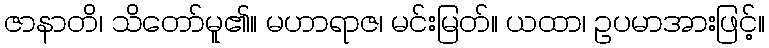
ဇာနာတိ၊ သိတော်မူ၏။ မဟာရာဇ၊ မင်းမြတ်။ ယထာ၊ ဥပမာအားဖြင့်။